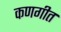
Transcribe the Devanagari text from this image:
कणगीत